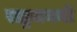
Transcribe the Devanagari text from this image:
राष्ट्रजननी